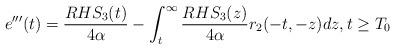
LaTeX: \begin{align*} e'''(t) = \frac{RHS_{3}(t)}{4 \alpha} -\int_{t}^{\infty} \frac{RHS_{3}(z)}{4\alpha} r_{2}(-t,-z) dz, t \geq T_{0}\end{align*}